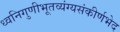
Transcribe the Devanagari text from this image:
ध्वनिगुणीभूतव्यंग्यसंकीर्णभेद